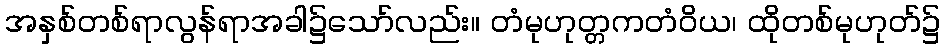
အနှစ်တစ်ရာလွန်ရာအခါ၌သော်လည်း။ တံမုဟုတ္တကတံဝိယ၊ ထိုတစ်မုဟုတ်၌